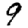
Digit: 9